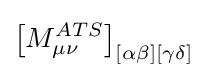
\left[M_{\mu \nu }^{ATS}\right]_{[\alpha \beta ][\gamma \delta ]}